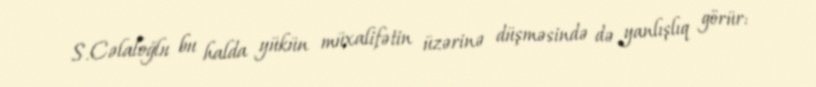
S.Cəlaloğlu bu halda yükün müxalifətin üzərinə düşməsində də yanlışlıq görür: